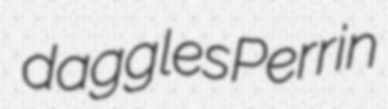
daggles Perrin